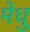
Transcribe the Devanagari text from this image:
मेधु